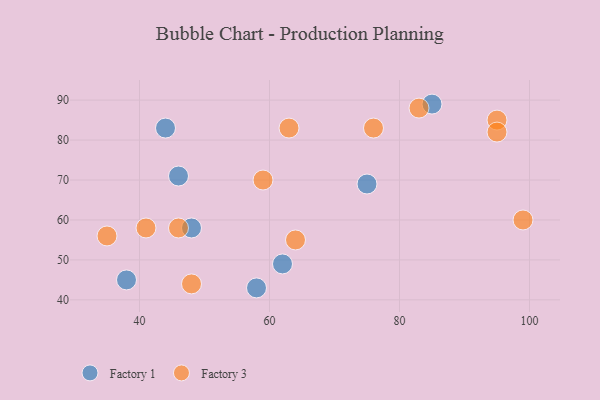
{"axis": {"x": "GDP", "y": "Life Expectancy"}, "legend": ["Factory 1", "Factory 3"], "data": [{"x": "62", "y": 49, "type": "Factory 1"}, {"x": "44", "y": 83, "type": "Factory 1"}, {"x": "85", "y": 89, "type": "Factory 1"}, {"x": "75", "y": 69, "type": "Factory 1"}, {"x": "58", "y": 43, "type": "Factory 1"}, {"x": "48", "y": 58, "type": "Factory 1"}, {"x": "38", "y": 45, "type": "Factory 1"}, {"x": "46", "y": 71, "type": "Factory 1"}, {"x": "95", "y": 85, "type": "Factory 3"}, {"x": "95", "y": 82, "type": "Factory 3"}, {"x": "99", "y": 60, "type": "Factory 3"}, {"x": "35", "y": 56, "type": "Factory 3"}, {"x": "59", "y": 70, "type": "Factory 3"}, {"x": "41", "y": 58, "type": "Factory 3"}, {"x": "46", "y": 58, "type": "Factory 3"}, {"x": "48", "y": 44, "type": "Factory 3"}, {"x": "83", "y": 88, "type": "Factory 3"}, {"x": "63", "y": 83, "type": "Factory 3"}, {"x": "76", "y": 83, "type": "Factory 3"}, {"x": "64", "y": 55, "type": "Factory 3"}]}